Annual statistical returns and brief notes on vaccination in Bengal - 1887-1898
Year: 1887
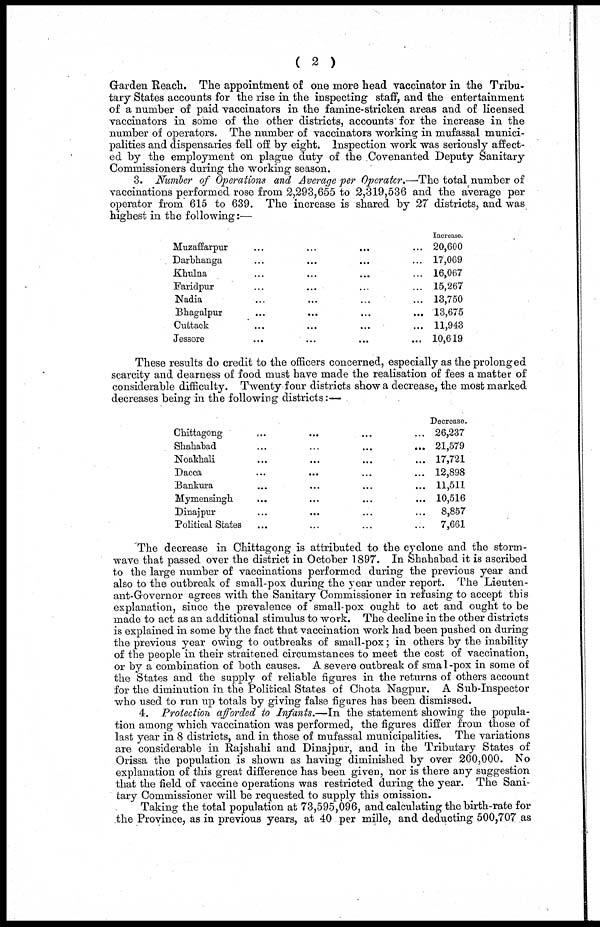
( 2 )
Garden Reach. The appointment of one more head vaccinator in the Tribu-
tary States accounts for the rise in the inspecting staff, and the entertainment
of a number of paid vaccinators in the famine-stricken areas and of licensed
vaccinators in some of the other districts, accounts for the increase in the
number of operators. The number of vaccinators working in mufassal munici-
palities and dispensaries fell off by eight. Inspection work was seriously affect-
ed by the employment on plague duty of the Covenanted Deputy Sanitary
Commissioners during the working season.
3. Number of Operations and Average per Operator.—The total number of
vaccinations performed rose from 2,293,655 to 2,319,536 and the average per
operator from 615 to 639. The increase is shared by 27 districts, and was
highest in the following:—
Muzaffarpur... ...
Darbhanga... ...
Khulna... ...
Faridpur... ...
Nadia... ...
Bhagalpur... ...
Cuttack... ...
Jessore... ...
Increase.
20,600
17,069
16,067
15,267
13,750
13,675
11,943
10,619
These results do credit to the officers concerned, especially as the prolonged
scarcity and dearness of food must have made the realisation of fees a matter of
considerable difficulty. Twenty four districts show a decrease, the most marked
decreases being in the following districts:—
Chittagong... ... ...
Shahabad
...
...
...
...
Noathali... ... ...
Dacca... ... ...
Bankura... ... ...
Mymensingh... ... ...
Dinajpur... ... ...
Political States... ... ...
Decrease.
26,237
21,579
17,721
12,898
11,511
10,516
8,857
7,661
The decrease in Chittagong is attributed to the cyclone and the storm-
wave that passed over the district in October 1897. In Shahabad it is ascribed
to the large number of vaccinations performed during the previous year and
also to the outbreak of small-pox during the year under report. The Lieuten-
ant-Governor agrees with the Sanitary Commissioner in refusing to accept this
explanation, since the prevalence of small-pox ought to act and ought to be
made to act as an additional stimulus to work. The decline in the other districts
is explained in some by the fact that vaccination work had been pushed on during
the previous year owing to outbreaks of small-pox; in others by the inability
of the people in their straitened circumstances to meet the cost of vaccination,
or by a combination of both causes. A severe outbreak of small-pox in some of
the States and the supply of reliable figures in the returns of others account
for the diminution in the Political States of Chota Nagpur. A Sub-Inspector
who used to run up totals by giving false figures has been dismissed.
4. Protection afforded to Infants.—In the statement showing the popula-
tion among which vaccination was performed, the figures differ from those of
last year in 8 districts, and in those of mufassal municipalities. The variations
are considerable in Rajshahi and Dinajpur, and in the Tributary States of
Orissa the population is shown as having diminished by over 200,000. No
explanation of this great difference has been given, nor is there any suggestion
that the field of vaccine operations was restricted during the year. The Sani-
tary Commissioner will be requested to supply this omission.
Taking the total population at 73,595,096, and calculating the birth-rate for
the Province, as in previous years, at 40 per mille, and deducting 500,707 as